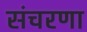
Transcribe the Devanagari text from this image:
संचरणा